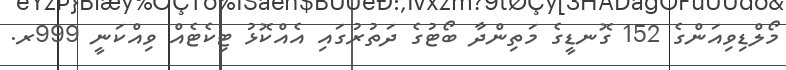
މޯލްޑިވިއަންގެ 152 ގޮނޑީގެ މަތިންދާ ބޯޓުގެ ދަތުރުގައި އެއްކޮޅު ޓިކެޓެއް ވިއްކަނީ 999ރ.